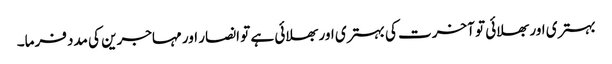
بہتری اور بھلائی تو آخرت کی بہتری اور بھلائی ہے تو انصار اور مہاجرین کی مدد فرما۔